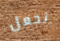
نجعل